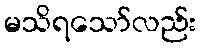
မသိရသော်လည်း